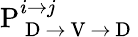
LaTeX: \mathrm{P}_{\mathrm{~D~}\rightarrow\mathrm{~V~}\rightarrow\mathrm{~D~}}^{i\rightarrow j}